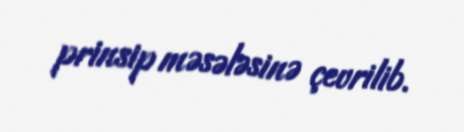
prinsip məsələsinə çevrilib.